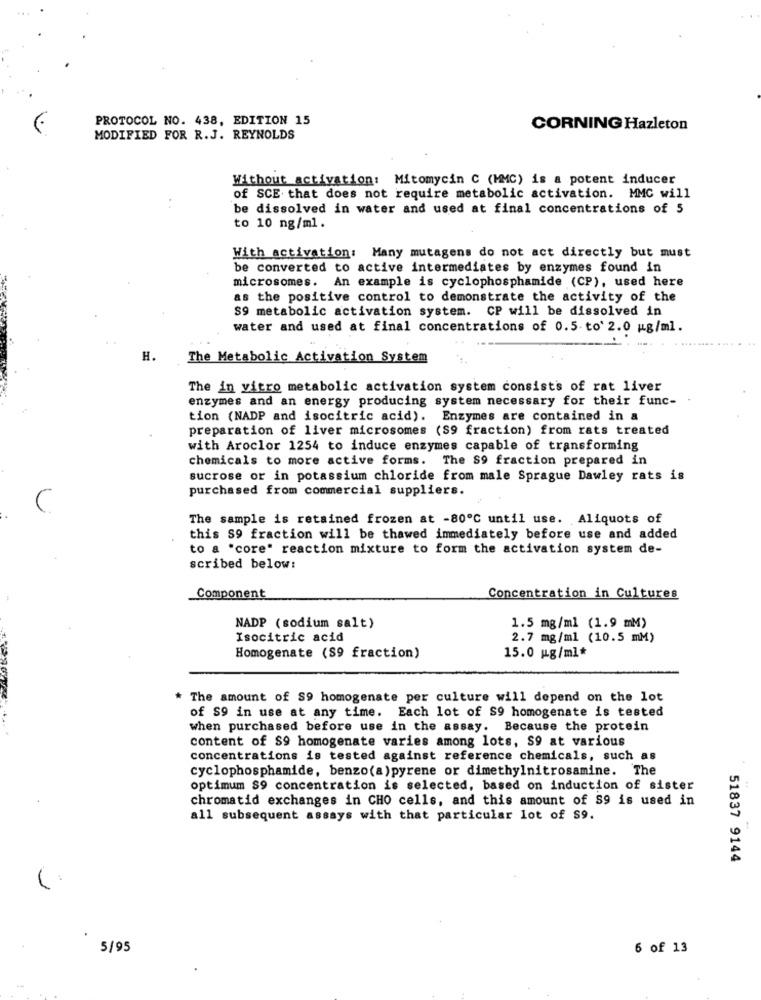
PROTOCOL NO. 438, EDITION 15
CORNING Hazleton
MODIFIED FOR R.J. REYNOLDS
Without activation: Mitomycin C (MMC) is a potent inducer
of SCE that does not require metabolic activation. MMC will
be dissolved in water and used at final concentrations of 5
to 10 ng/ml.
With activation: Many mutagens do not act directly but must
be converted to active intermediates by enzymes found in
microsomes. An example is cyclophosphamide (CP), used here
as the positive control to demonstrate the activity of the
S9 metabolic activation system. CP will be dissolved in
water and used at final concentrations of 0.5- to' 2.0 mg/ml.
H.
The Metabolic Activation System
The in vitro metabolic activation system consists of rat liver
enzymes and an energy producing system necessary for their func-
tion (NADP and isocitric acid). Enzymes are contained in a
preparation of liver microsomes ($9 fraction) from rats treated
with Aroclor 1254 to induce enzymes capable of transforming
chemicals to more active forms. The S9 fraction prepared in
sucrose or in potassium chloride from male Sprague Dawley rats is
purchased from commercial suppliers.
C
The sample is retained frozen at -80º℃ until use. Aliquots of
this S9 fraction will be thawed immediately before use and added
to a "core" reaction mixture to form the activation system de-
scribed below:
Component
Concentration in Cultures
NADP (sodium salt)
1.5 mg/ml (1.9 mM)
Isocitric acid
2.7 mg/ml (10.5 mM)
Homogenate (S9 fraction)
15.0 mg/ml*
The amount of S9 homogenate per culture will depend on the lot
of S9 in use at any time. Each lot of S9 homogenate is tested
when purchased before use in the assay. Because the protein
content of $9 homogenate varies among lots, S9 at various
concentrations is tested against reference chemicals, such as
cyclophosphamide, benzo(a)pyrene or dimethylnitrosamine. The
optimum S9 concentration is selected, based on induction of sister
chromatid exchanges in CHO cells, and this amount of S9 is used in
all subsequent assays with that particular lot of S9.
51837 9144
5/95
6 of 13